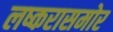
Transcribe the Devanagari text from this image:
लष्करासमोर